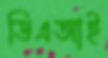
ডিএআই